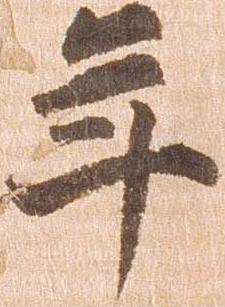
年